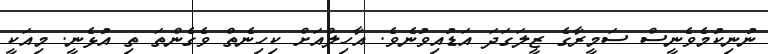
ނުނިކުމެވެނީސް ސަމީރާގެ ޒީލަގަދަ އަޑުއިވުނެވެ. އާހިލްއަށް ކިހިނެތް ވެގެންތަ ތި އުޅެނީ. މިއަކީ